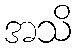
အသိ